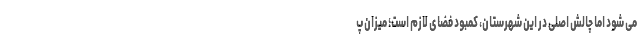
می شود اما چالش اصلی در این شهرستان، کمبود فضای لازم است؛ میزان پ